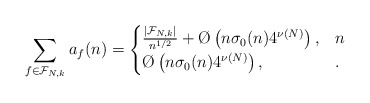
\begin{align*}\sum_{f \in \mathcal F_{N,k}} a_f(n) = \begin{cases}\frac{|\mathcal F_{N,k}|}{n^{1/2}} + \O\left( n\sigma_0(n)4^{\nu(N)}\right),&n\\\O\left( n\sigma_0(n)4^{\nu(N)}\right),&.\end{cases}\end{align*}